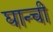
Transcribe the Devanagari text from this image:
घान्ची